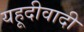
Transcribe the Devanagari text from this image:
यहूदीवादी